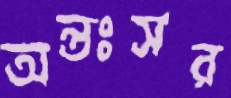
অন্তঃসর